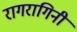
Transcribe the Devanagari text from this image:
रागरागिनी